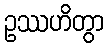
ဥဿဟိတွာ